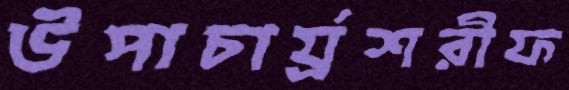
উপাচার্য্রশরীফ